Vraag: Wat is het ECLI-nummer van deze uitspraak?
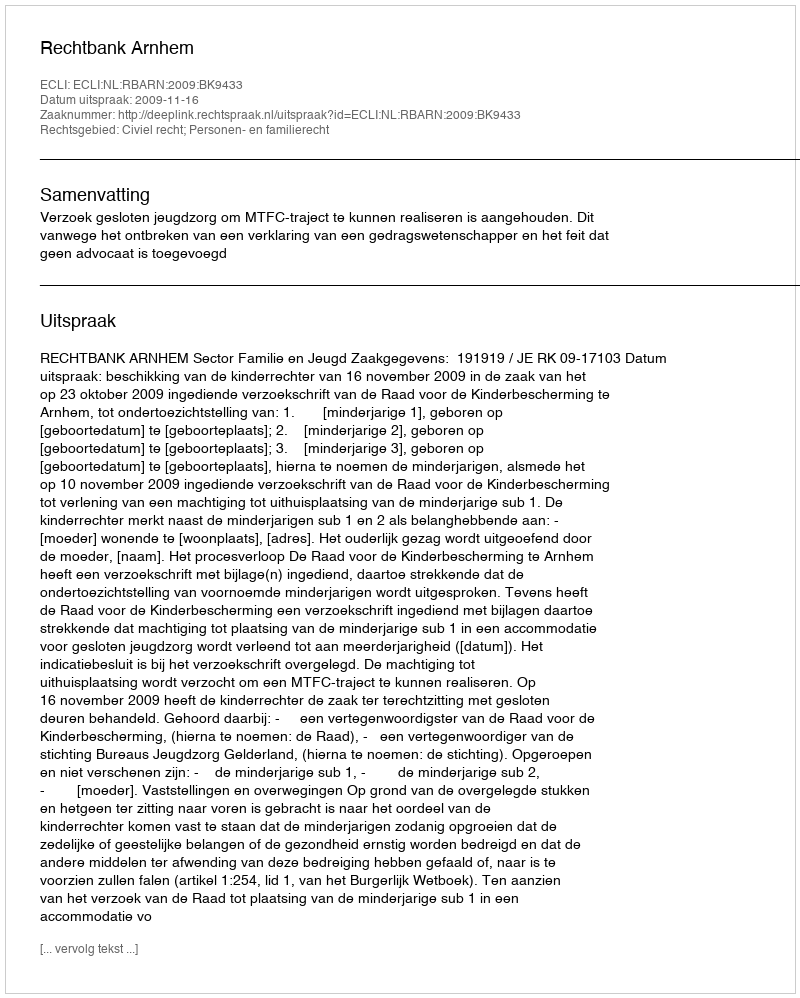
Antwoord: ECLI:NL:RBARN:2009:BK9433